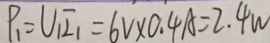
P _ { 1 } = U _ { 1 } I _ { 1 } = 6 V \times 0 . 4 A = 2 . 4 w